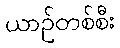
ယာဉ်တစ်စီး